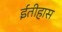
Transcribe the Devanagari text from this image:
ईतीहास